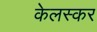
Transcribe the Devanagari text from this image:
केलस्कर